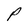
Character: P